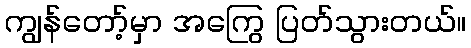
ကျွန်တော့်မှာ အကြွေ ပြတ်သွားတယ်။